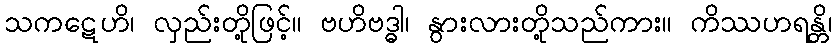
သကဋေဟိ၊ လှည်းတို့ဖြင့်။ ဗဟိဗဒ္ဓါ၊ နွားလားတို့သည်ကား။ ကိဿဟရန္တိ၊